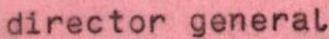
director general